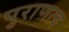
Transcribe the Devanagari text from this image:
पुराणत्व